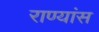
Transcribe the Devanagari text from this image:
राण्यांस